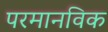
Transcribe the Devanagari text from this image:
परमानविक